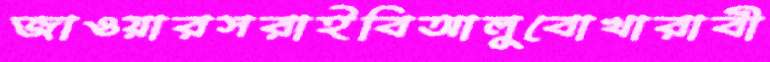
জাওয়ারসরাইবিআলুবোখারাবী